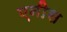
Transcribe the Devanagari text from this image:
एनीस